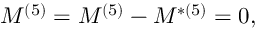
{ \cal { M } } ^ { ( 5 ) } = M ^ { ( 5 ) } - M ^ { * ( 5 ) } = 0 ,